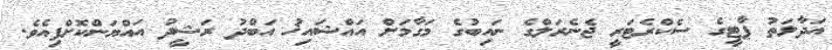
އަދާލަތު ޕާޓީގެ ސެކްރެޓަރީ ޖެނެރަލްގެ ނައިބުގެ މަގާމަށް އައްޝައިޚު އަބްދު ރަޝީދު އައްޔަންކޮށްފިއެވެ.